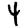
Digit: 4